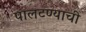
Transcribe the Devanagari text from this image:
पालटण्याची